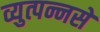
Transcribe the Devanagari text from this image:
व्युत्पन्नसे